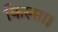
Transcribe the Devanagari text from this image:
किस्सा।